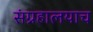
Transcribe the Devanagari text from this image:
संग्रहालयाच